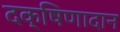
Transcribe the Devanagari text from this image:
दक्षिणादान